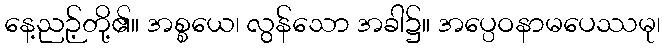
နေ့ညဉ့်တို့၏။ အစ္စယေ၊ လွန်သော အခါ၌။ အပ္ပေဝနာမပေဿမု၊